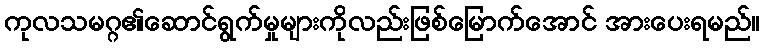
ကုလသမဂ္ဂ၏ဆောင်ရွက်မှုများကိုလည်းဖြစ်မြောက်အောင် အားပေးရမည်။